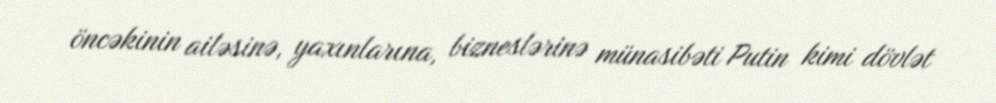
öncəkinin ailəsinə, yaxınlarına, bizneslərinə münasibəti Putin kimi dövlət